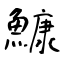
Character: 鱇